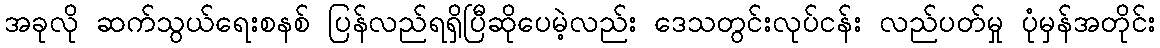
အခုလို ဆက်သွယ်ရေးစနစ် ပြန်လည်ရရှိပြီဆိုပေမဲ့လည်း ဒေသတွင်းလုပ်ငန်း လည်ပတ်မှု ပုံမှန်အတိုင်း